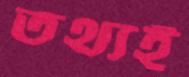
তথ্যই